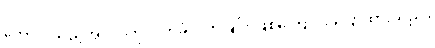
ကောင်းသည့်အလုပ်ကိုလက်ခံလိုက်ခြင်း ဖြစ်ကြောင်း ပြောထားသည်။